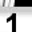
Digit: 1